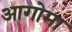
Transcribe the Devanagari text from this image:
आगोमा